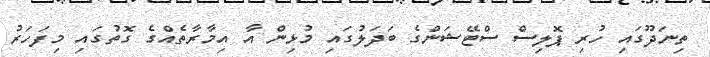
ތިނަދޫގައި ހުރި ޕޮލިސް ސްޓޭޝަންގެ ބަދަލުގައި މުޅިން އާ އިމާރާތެއްގެ ގޮތުގައި މިފަހަރު